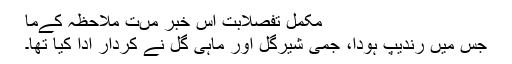
مکمل تفصلابت اس خبر مںت ملاحظہ کےما
جس میں رندیپ ہودا، جمی شیرگل اور ماہی گل نے کردار ادا کیا تھا۔